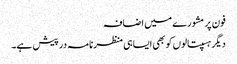
فون پر مشورے میں اضافہ
دیگر ہسپتالوں کو بھی ایسا ہی منظرنامہ درپیش ہے۔